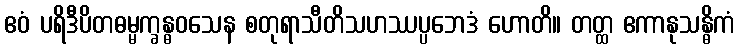
ဧဝံ ပရိဒီပိတဓမ္မက္ခန္ဓဝသေန စတုရာသီတိသဟဿပ္ပဘေဒံ ဟောတိ။ တတ္ထ ဧကာနုသန္ဓိကံ